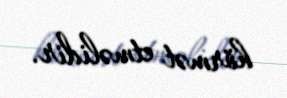
hörmət etməlidir.